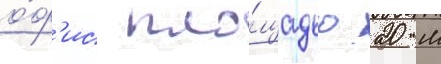
о́ф'ис пло́щадью 20 м